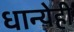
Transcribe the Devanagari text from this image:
धान्येही